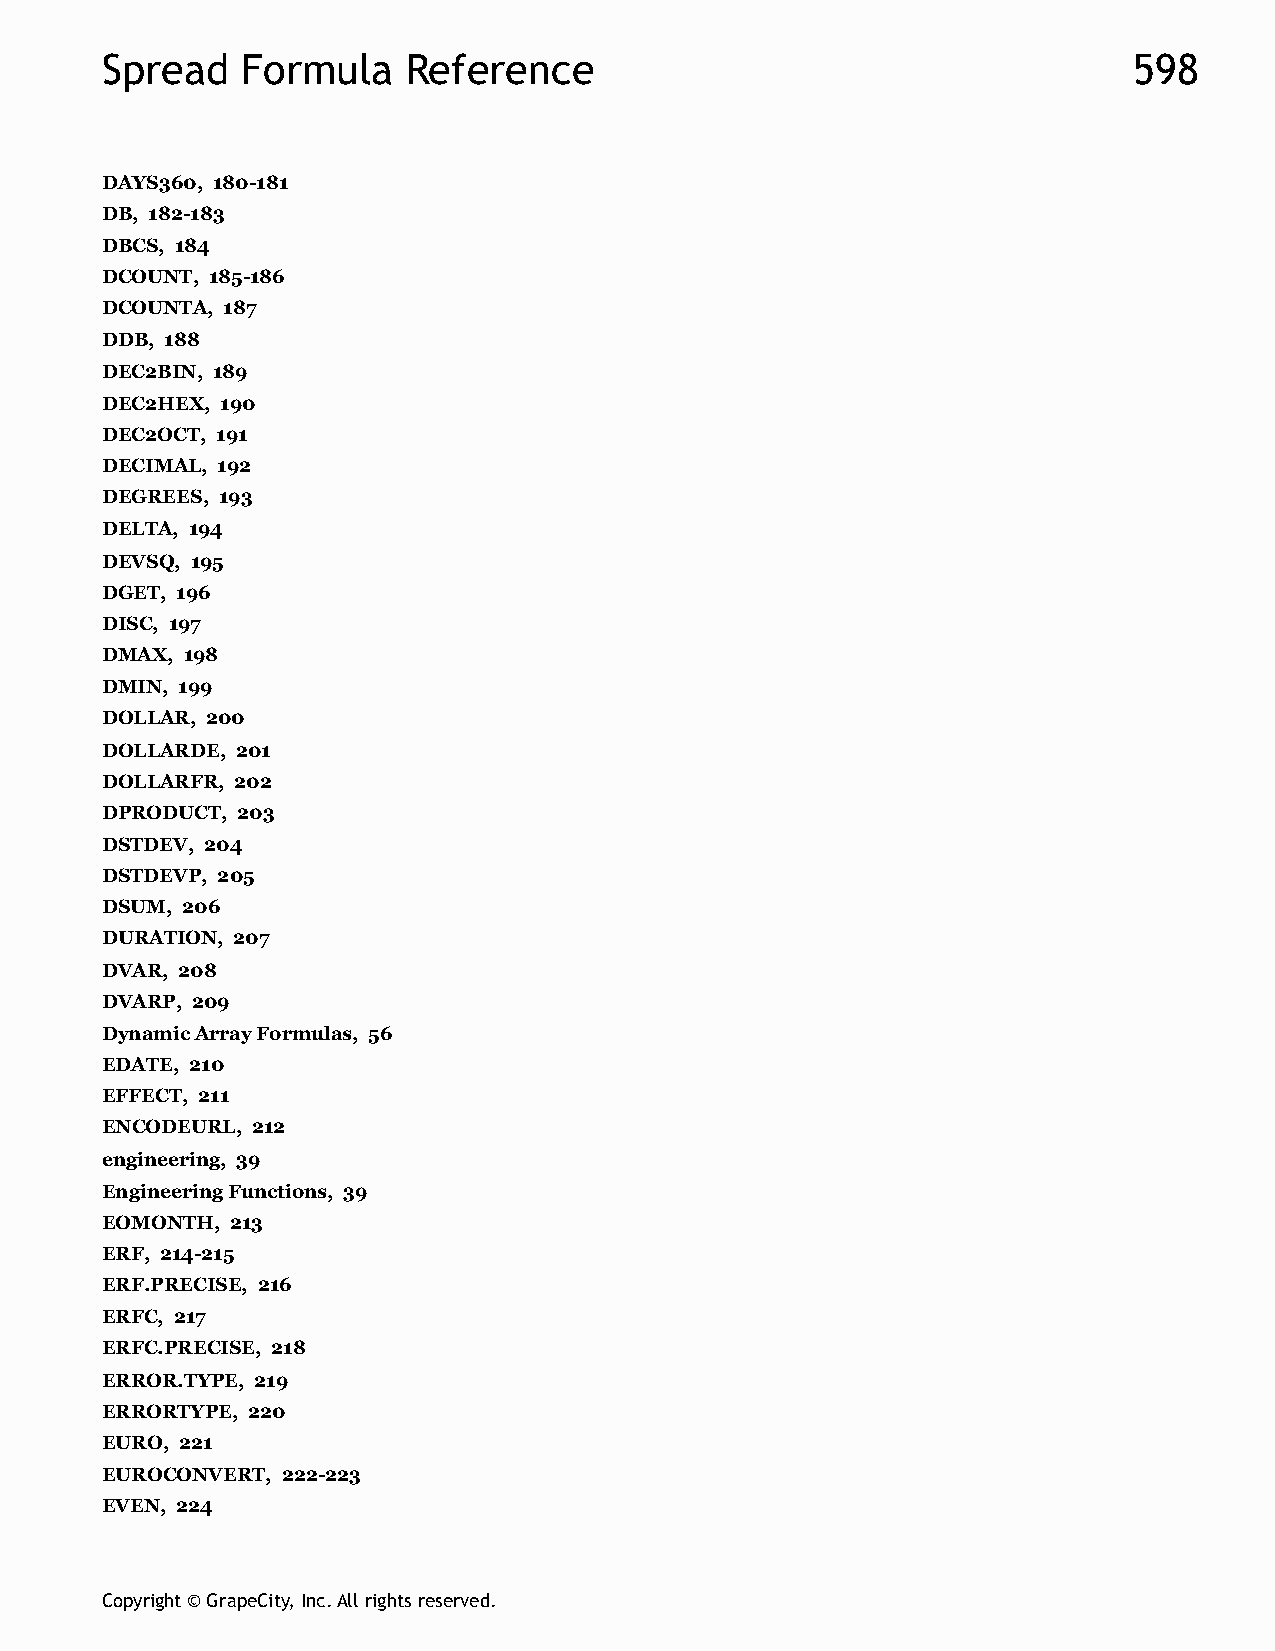
Spread   Formula    Reference                                       598
 DAYS360, 180-181
 DB, 182-183
 DBCS, 184
 DCOUNT, 185-186
 DCOUNTA, 187
 DDB, 188
 DEC2BIN, 189
 DEC2HEX, 190
 DEC2OCT, 191
 DECIMAL, 192
 DEGREES, 193
 DELTA, 194
 DEVSQ, 195
 DGET, 196
 DISC, 197
 DMAX, 198
 DMIN, 199
 DOLLAR, 200
 DOLLARDE, 201
 DOLLARFR, 202
 DPRODUCT, 203
 DSTDEV, 204
 DSTDEVP, 205
 DSUM, 206
 DURATION, 207
 DVAR, 208
 DVARP, 209
 Dynamic Array Formulas, 56
 EDATE, 210
 EFFECT, 211
 ENCODEURL, 212
 engineering, 39
 Engineering Functions, 39
 EOMONTH, 213
 ERF, 214-215
 ERF.PRECISE, 216
 ERFC, 217
 ERFC.PRECISE, 218
 ERROR.TYPE, 219
 ERRORTYPE, 220
 EURO, 221
 EUROCONVERT, 222-223
 EVEN, 224
 Copyright © GrapeCity, Inc. All rights reserved.